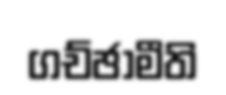
ගච්ඡාමීති